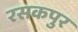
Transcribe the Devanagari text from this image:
रसकपुर